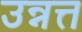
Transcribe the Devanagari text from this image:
उन्नत्त